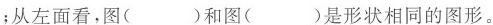
；从左面看，图()和图()是形状相同的图形。